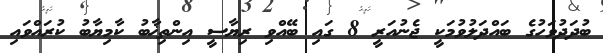
ބުދަދުވަހުގެ ބައްދަލުވުމަކީ ޖެނުއަރީ 8 ގައި ބޭއްވި ރިޔާސީ އިންތިޚާބު ކާމިޔާބު ކުރައްވައި